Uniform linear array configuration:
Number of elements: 16
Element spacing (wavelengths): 0.25
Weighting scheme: cosine
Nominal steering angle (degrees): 30
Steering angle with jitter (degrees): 28.58
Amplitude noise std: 0.05
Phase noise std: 0.05

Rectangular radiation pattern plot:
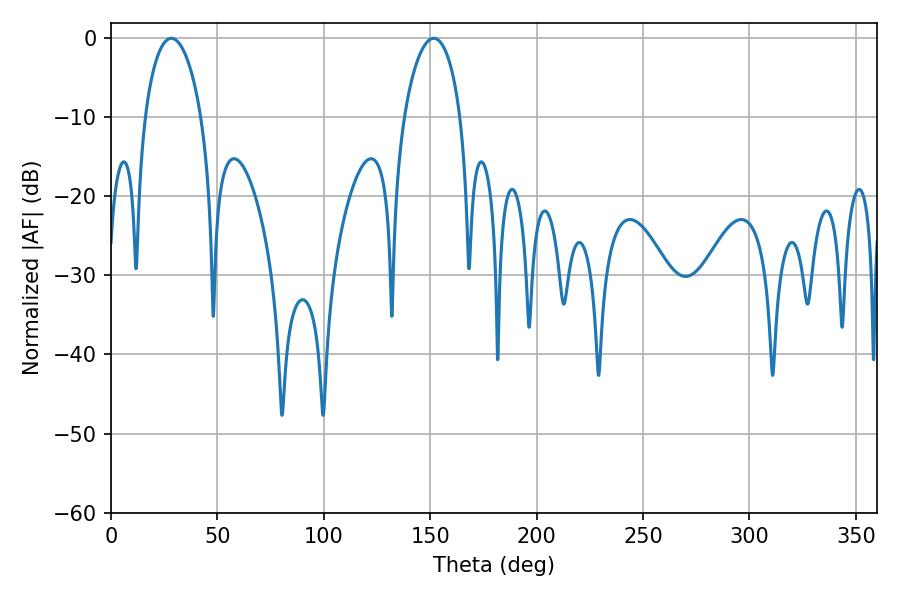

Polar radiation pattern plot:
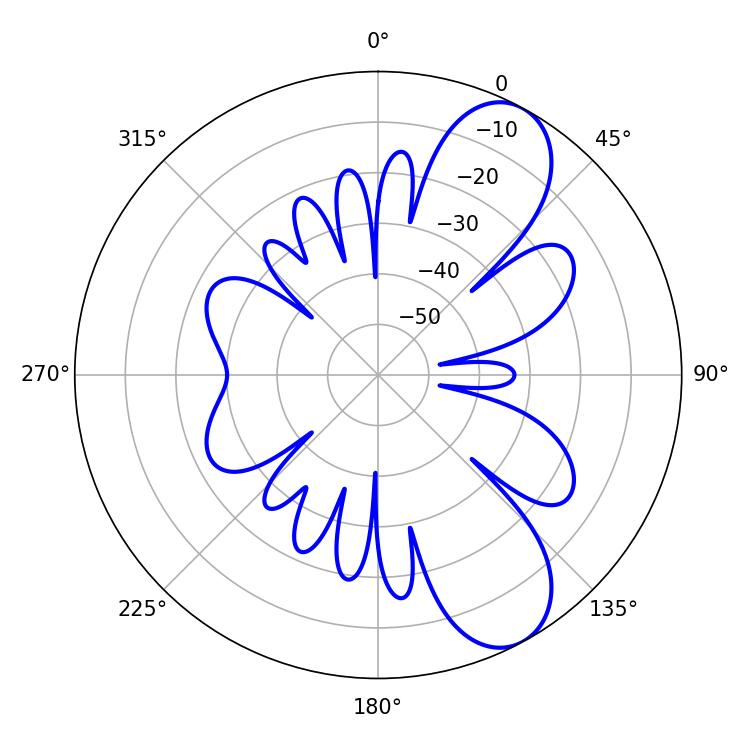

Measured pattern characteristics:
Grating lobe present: FALSE
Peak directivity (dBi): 8.68
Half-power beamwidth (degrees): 15.12
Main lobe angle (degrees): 28.44